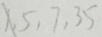
1 , 5 , 7 , 3 5